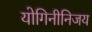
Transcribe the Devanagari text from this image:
योगिनीनिजय